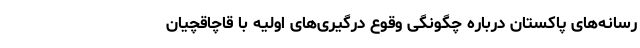
رسانه‌های پاکستان درباره چگونگی وقوع درگیری‌های اولیه با قاچاقچیان